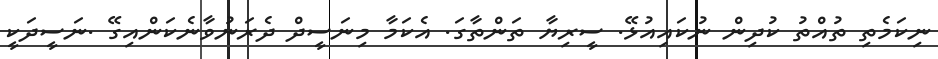
ނިކަމެތި ތުއްތު ކުދިން ނުކައިއުޅޭ. ސީރިޔާ ތަންތާގަ. އެކަމާ މިނަސީދް ދެރަނުވާނެކަންއިގޭ .ނަސީދަކީ